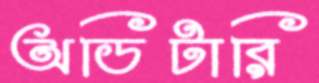
অডিটারি